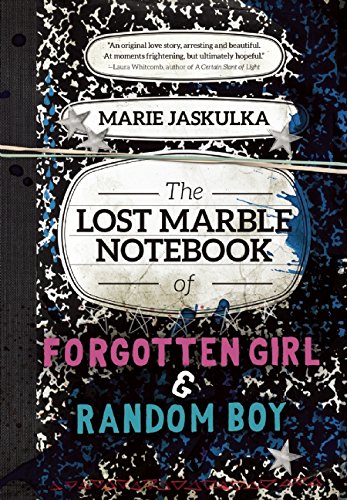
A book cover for The Lost Marble Notebook of Forgotten Girl & Random Boy; Marie Jaskulka; Romance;